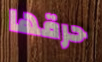
حرقها